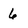
Character: 6